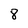
Character: 8